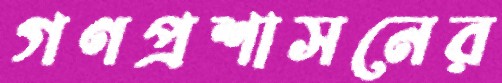
গণপ্রশাসনের